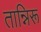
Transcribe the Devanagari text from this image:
तान्निरू